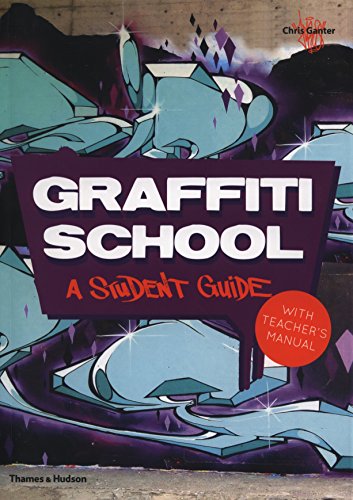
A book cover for Graffiti School: A Student Guide and Teacher Manual; Christoph Ganter; Arts & Photography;